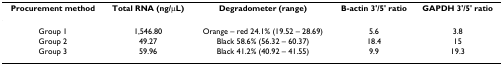
| Procurement method | Total RNA (ng/μL) | Degradometer (range) | B-actin 3'/5' ratio | GAPDH 3'/5' ratio |
 | --- | --- | --- | --- | --- |
 | Group 1 | 1,546.80 | Orange – red 24.1% (19.52 – 28.69) | 5.6 | 3.8 |
 | Group 2 | 49.27 | Black 58.6% (56.32 – 60.37) | 18.4 | 15 |
 | Group 3 | 59.96 | Black 41.2% (40.92 – 41.55) | 9.9 | 19.3 |